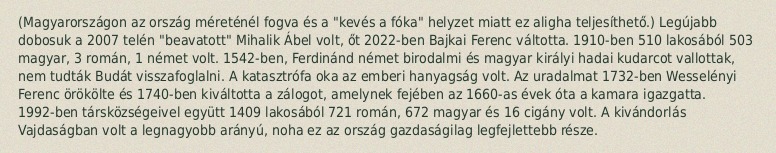
(Magyarországon az ország méreténél fogva és a "kevés a fóka" helyzet miatt ez aligha teljesíthető.) Legújabb dobosuk a 2007 telén "beavatott" Mihalik Ábel volt, őt 2022-ben Bajkai Ferenc váltotta. 1910-ben 510 lakosából 503 magyar, 3 román, 1 német volt. 1542-ben, Ferdinánd német birodalmi és magyar királyi hadai kudarcot vallottak, nem tudták Budát visszafoglalni. A katasztrófa oka az emberi hanyagság volt. Az uradalmat 1732-ben Wesselényi Ferenc örökölte és 1740-ben kiváltotta a zálogot, amelynek fejében az 1660-as évek óta a kamara igazgatta. 1992-ben társközségeivel együtt 1409 lakosából 721 román, 672 magyar és 16 cigány volt. A kivándorlás Vajdaságban volt a legnagyobb arányú, noha ez az ország gazdaságilag legfejlettebb része.